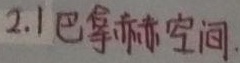
2.1 巴拿赫空间.